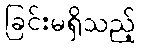
ခြင်းမရှိသည့်